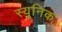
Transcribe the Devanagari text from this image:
स्यूनिक